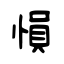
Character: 愪